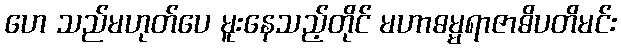
ဟေ သည်မဟုတ်ပေ မူးနေသည့်တိုင် မဟာဓမ္မရာဇာဓိပတိမင်း